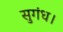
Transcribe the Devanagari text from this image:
सुगंध।